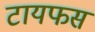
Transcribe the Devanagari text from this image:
टायफस